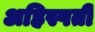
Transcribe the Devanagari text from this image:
अहिस्पती